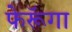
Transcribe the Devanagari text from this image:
फेरूॅगा